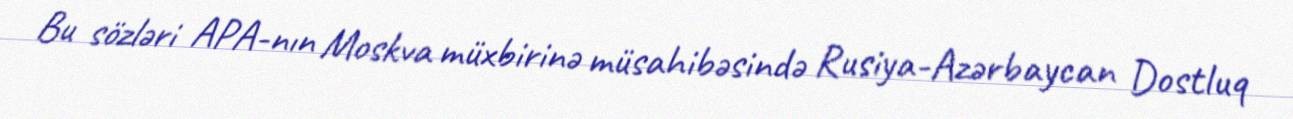
Bu sözləri APA-nın Moskva müxbirinə müsahibəsində Rusiya-Azərbaycan Dostluq